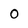
Character: o